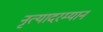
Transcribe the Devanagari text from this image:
नृत्यादरम्यान